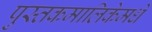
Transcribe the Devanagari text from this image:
पुस्तकमालिकेमधे